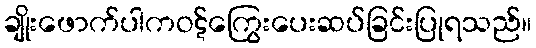
ချိုးဖောက်ပါကဝဋ်ကြွေးပေးဆပ်ခြင်းပြုရသည်။